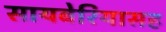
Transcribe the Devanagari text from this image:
सायबेरियासह